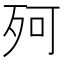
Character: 𣧤